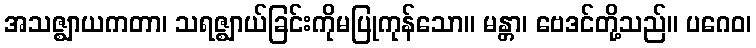
အသဇ္ဈာယကတာ၊ သရဇ္ဈာယ်ခြင်းကိုမပြုကုန်သော။ မန္တာ၊ ဗေဒင်တို့သည်။ ပဂေဝ၊